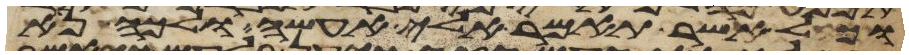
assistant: וכל אשר תאמר אלי אעשה ולכה נא